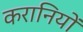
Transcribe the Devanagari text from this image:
करानियों